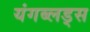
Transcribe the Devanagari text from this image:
यंगब्लड्स